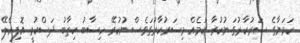
ކަމަނާގެ ސަރުކާރުގަ ނުކުރާ ކަމެއް މިސަރުކާރުގަވެސް ނުކުރޭ ހިސާބު ކިތާބު ދަސްކުރީ އޮފިއެލޭ